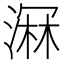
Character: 𣺉